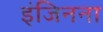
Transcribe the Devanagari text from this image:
इंजिनना